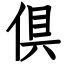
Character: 倶